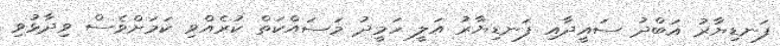
ފަނޑިޔާރު އަބްދު ސައީދާއި ފަނޑިޔާރު އަލީ ހަމީދު މަސައްކަތް ކުރެއްވި ކަމަށްވެސް ވިދާޅުވި